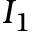
I _ { 1 }